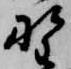
野